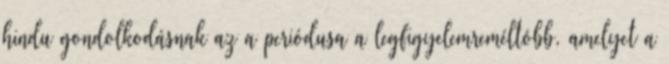
hindu gondolkodásnak az a periódusa a legfigyelemreméltóbb, amelyet a